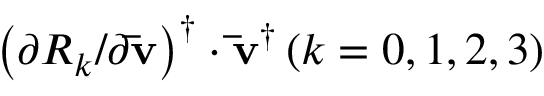
{ { { \left( { { \partial { R _ { k } } } / { { \partial { \bf { \bar { v } } } } } } \right) } ^ { \dag } } \cdot { { { \bf { \bar { v } } } } ^ { \dag } } } \left( { k = 0 , 1 , 2 , 3 } \right)